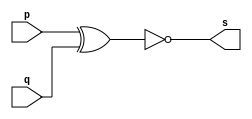
// -------------------------
// Exemplo0006 - XNOR
// Nome: Pedro Henrique Lima Pinheiro
// -------------------------
// 

module xnorgate ( output s,
input p,
input q);
assign s = ( ~(p^q) );
endmodule // xnorgate
// ---------------------
// -- 
// ---------------------
module testxnorgate;
// ------------------------- dados locais
reg a, b; // definir registradores
wire s; // definir conexao (fio)
// ------------------------- instancia
xnorgate xnor1 (s, a, b);
// ------------------------- preparacao
initial begin:start
// atribuicao simultanea
// dos valores iniciais
a=0; b=0;
end
// ------------------------- parte principal
initial begin
$display("Exemplo0003 - Pedro Henrique Lima Pinheiro - 451605");
$display("Test XNOR gate");
$display("\n ~(a ^ b) = s\n");
a=0; b=0;
#1 $display("%b & %b = %b", a, b, s);
a=0; b=1;
#1 $display("%b & %b = %b", a, b, s);
a=1; b=0;
#1 $display("%b & %b = %b", a, b, s);
a=1; b=1;
#1 $display("%b & %b = %b", a, b, s);
end
endmodule // testnorgate